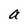
Character: a